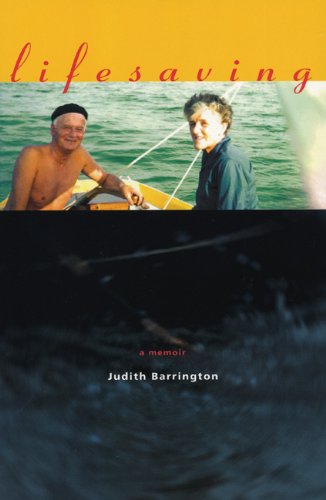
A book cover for Lifesaving: A Memoir; Judith Barrington; Gay & Lesbian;